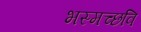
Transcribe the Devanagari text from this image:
भस्मच्छवि